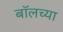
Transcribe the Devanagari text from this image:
बॉलच्या